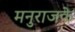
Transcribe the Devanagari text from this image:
मनुराजके